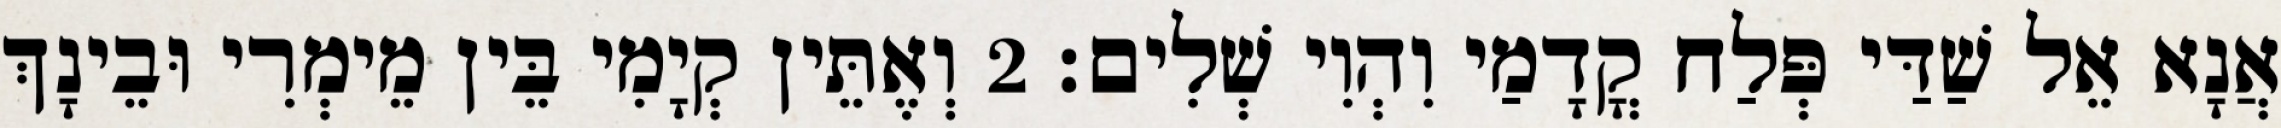
אֲנָא אֵל שַׁדַּי פְּלַח קֳדָמַי וִהְוִי שְׁלִים׃ 2 וְאֶתֵּין קְיָמִי בֵּין מֵימְרִי וּבֵינָךְ